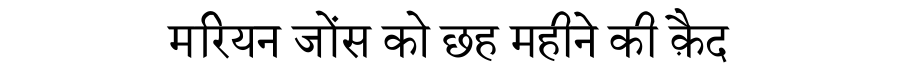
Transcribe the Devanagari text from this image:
मरियन जोंस को छह महीने की क़ैद